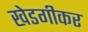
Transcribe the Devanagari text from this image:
खेडगीकर